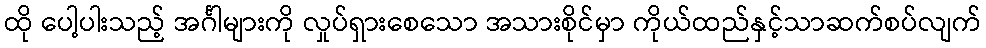
ထို ပေါ့ပါးသည့် အင်္ဂါများကို လှုပ်ရှားစေသော အသားစိုင်မှာ ကိုယ်ထည်နှင့်သာဆက်စပ်လျက်